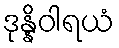
ဒုန္နိဝါရယံ